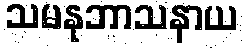
သမနုဘာသနာယ